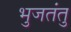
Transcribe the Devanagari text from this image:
भुजतंतु